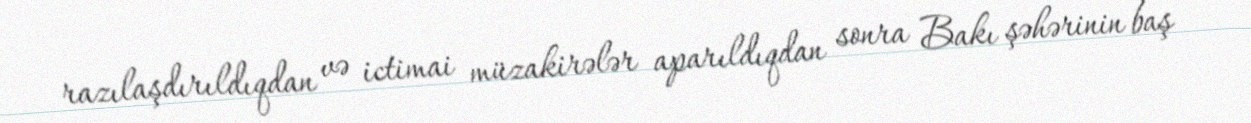
razılaşdırıldıqdan və ictimai müzakirələr aparıldıqdan sonra Bakı şəhərinin baş